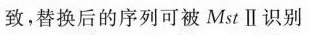
致。替换后的序列可被MstⅡ识别